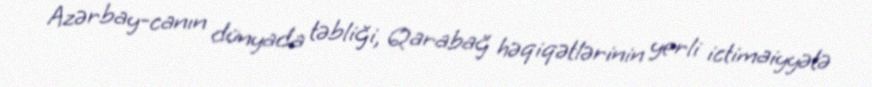
Azərbay-canın dünyada təbliği, Qarabağ həqiqətlərinin yerli ictimaiyyətə